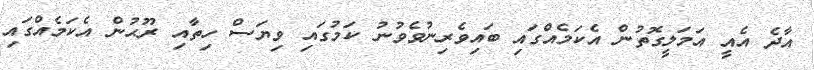
އާދެ އެއީ އަމަލީގޮތުން އެކަމެއްގައި ބައިވެރިނުވެވުނު ކަމުގައި ވިޔަސް ހިތާއި ރޫޙުން އެކަމެއްގައި